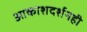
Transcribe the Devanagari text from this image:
आकाशदर्शनही